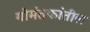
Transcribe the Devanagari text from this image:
गोमंतकांतील